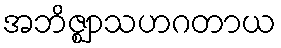
အဘိဇ္ဈာသဟဂတာယ